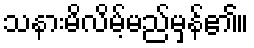
သနားမိလိမ့်မည်မှန်၏။